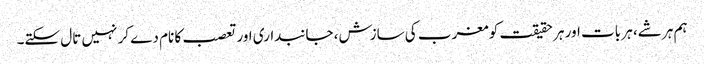
ہم ہر شے، ہر بات اور ہر حقیقت کو مغرب کی سازش، جانبداری اور تعصب کا نام دے کر نہیں تال سکتے۔